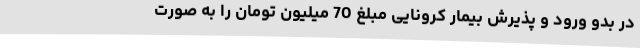
در بدو ورود و پذیرش بیمار کرونایی مبلغ 70 میلیون تومان را به صورت